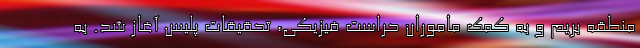
منطقه بریم و به کمک ماموران حراست فیزیکی، تحقیقات پلیس آغاز شد. به